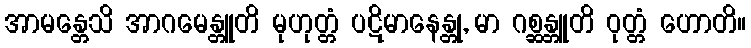
အာမန္တေသိ အာဂမေန္တူတိ မုဟုတ္တံ ပဋိမာနေန္တု, မာ ဂစ္ဆန္တူတိ ဝုတ္တံ ဟောတိ။